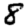
Digit: 8